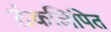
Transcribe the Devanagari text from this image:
टंकलिपित